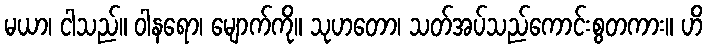
မယာ၊ ငါသည်။ ဝါနရော၊ မျောက်ကို။ သုဟတော၊ သတ်အပ်သည်ကောင်းစွတကား။ ဟိ